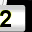
Digit: 2